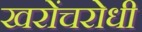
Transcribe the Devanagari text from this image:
खरोंचरोधी